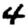
Digit: 4